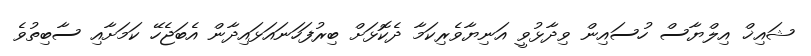
ޝައިޚް އިލްޔާސް ހުސައިން ވިދާޅުވީ އަނިޔާވެރިކަމާ ދެކޮޅަށް ބިރުފަހަނައަޅައިދާން އެބަޖެހޭ ކަމަށާއި ސާބިތުވެ